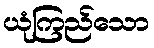
ယုံကြည်သော